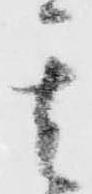
其